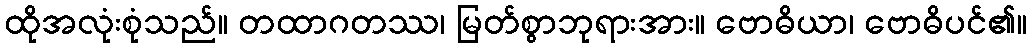
ထိုအလုံးစုံသည်။ တထာဂတဿ၊ မြတ်စွာဘုရားအား။ ဗောဓိယာ၊ ဗောဓိပင်၏။